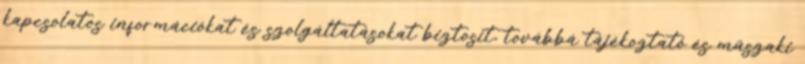
kapcsolatos információkat és szolgáltatásokat biztosít, továbbá tájékoztató és műszaki